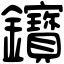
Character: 𨰦